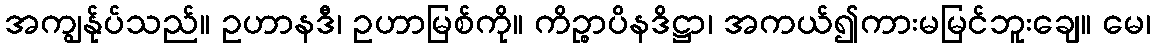
အကျွန်ုပ်သည်။ ဥဟာနဒီ၊ ဥဟာမြစ်ကို။ ကိဉ္စာပိနဒိဋ္ဌာ၊ အကယ်၍ကားမမြင်ဘူးချေ။ မေ၊